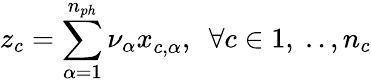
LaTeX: z_{c}=\sum_{\alpha=1}^{n_{ph}}{\nu_{\alpha}x}_{c,\alpha},\ \ \forall c\in{1,\ ..,n_{c}}